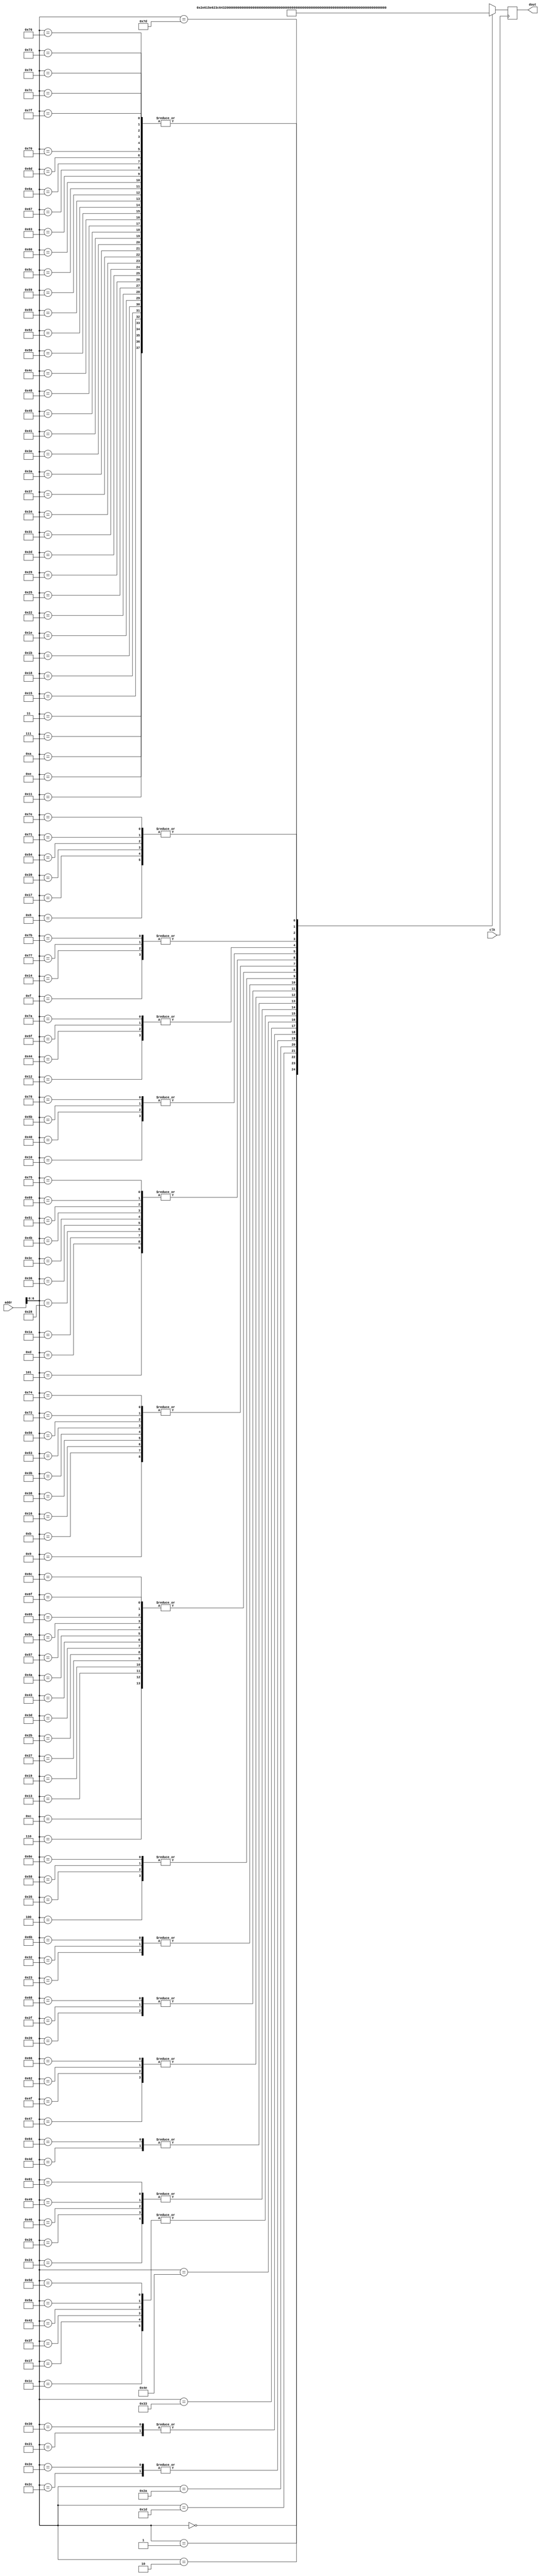
// How to use:					
// 1. Edit the songs on the Enter Song sheet.					
// 2. Select this whole worksheet, copy it, and paste it into a new file.					
// 3. Save the file as song_rom.v.					
					
module song_rom (					
	input clk,				
	input [7:0] addr,				
	output reg [15:0] dout				
);					
					
	wire [15:0] memory [127:0];				
					
	always @(posedge clk)				
		dout = memory[addr];			
					
	assign memory[	  0	] =	{1'd0,6'd23, 6'd12, 3'd1};	// Note: 2G
	assign memory[	  1	] =	{1'd0,6'd47, 6'd12,3'd2};	// Note: 4G
	assign memory[	  2	] =	{1'd0,6'd30, 6'd12,3'd4};	// Note: 3D
	assign memory[	  3	] =	{1'd1, 6'd0, 6'd12,3'd0};	// Note: rest
	assign memory[	  4	] =	{1'd0,6'd39, 6'd12,3'd0};	// Note: 4B
	assign memory[	  5	] =	{1'd0, 6'd42, 6'd12, 3'd0};	// Note: 4D
	assign memory[	  6	] =	{1'd0,6'd47, 6'd12,3'd0};	// Note: 4G
	assign memory[	  7	] =	{1'd1, 6'd0, 6'd12,3'd0};	// Note: rest
	assign memory[	  8	] =	{1'd0,6'd27, 6'd12, 3'd0};	// Note: 3B
	assign memory[	  9	] =	{1'd0,6'd54, 6'd12, 3'd0};	// Note: 5D
	assign memory[	  10	] =	{1'd1, 6'd0, 6'd12,3'd0};	// Note: rest
	assign memory[	 11	] =	{1'd0,6'd54, 6'd12, 3'd0};	// Note: 5D
	assign memory[	 12	] =	{1'd0,6'd47, 6'd12, 3'd0};	// Note: 4G
	assign memory[	 13	] =	{1'd0,6'd42, 6'd12, 3'd0};	// Note: 4D
	assign memory[	 14	] =	{1'd1, 6'd0, 6'd12,3'd0};	// Note: rest
	assign memory[	 15	] =	{1'd0,6'd56, 6'd12, 3'd0};	// Note: 5E
	assign memory[	 16	] =	{1'd0,6'd28, 6'd12, 3'd0};	// Note: 3C
	assign memory[	 17	] =	{1'd1, 6'd0, 6'd12,3'd0};	// Note: rest
	assign memory[	 18	] =	{1'd0,6'd44, 6'd12, 3'd0};	// Note: 4E
	assign memory[	 19	] =	{1'd0,6'd47, 6'd12, 3'd0};	// Note: 4G
	assign memory[	 20	] =	{1'd0,6'd56, 6'd12, 3'd0};	// Note: 5E
	assign memory[	 21	] =	{1'd1, 6'd0, 6'd12,3'd0};	// Note: rest
	assign memory[	 22	] =	{1'd0,6'd54, 6'd12, 3'd0};	// Note: 5D
	assign memory[	 23	] =	{1'd0,6'd27, 6'd12, 3'd0};	// Note: 3B
	assign memory[	 24	] =	{1'd1, 6'd0, 6'd12,3'd0};	// Note: rest
	assign memory[	 25	] =	{1'd0,6'd47, 6'd12, 3'd0};	// Note: 4G
	assign memory[	 26	] =	{1'd0,6'd42, 6'd12, 3'd0};	// Note: 4D
	assign memory[	 27	] =	{1'd1, 6'd0, 6'd12,3'd0};	// Note: rest
	assign memory[	 28	] =	{1'd0,6'd52, 6'd12, 3'd0};	// Note: 5C
	assign memory[	 29	] =	{1'd0,6'd25, 6'd12, 3'd0};	// Note: 3A
	assign memory[	 30	] =	{1'd1, 6'd0, 6'd12,3'd0};	// Note: rest
	assign memory[	 31	] =	{1'd0,6'd52, 6'd12, 3'd0};	// Note: 5C
	assign memory[	 32	] =	{1'd0,6'd46, 6'd12, 3'd0};	// Note: 4F#Gb
	assign memory[	 33	] =	{1'd0,6'd40, 6'd12,3'd0};	// Note: 4C
	assign memory[	 34	] =	{1'd1, 6'd0, 6'd12,3'd0};	// Note: rest
	assign memory[	 35	] =	{1'd0,6'd23, 6'd12,3'd0};	// Note: 2G
	assign memory[	 36	] =	{1'd0,6'd51, 6'd12,3'd0};	// Note: 5B
	assign memory[	 37	] =	{1'd1, 6'd0, 6'd12,3'd0};	// Note: rest
	assign memory[	 38	] =	{1'd0,6'd51, 6'd12,3'd0};	// Note: 5B
	assign memory[	 39	] =	{1'd0,6'd47, 6'd12,3'd0};	// Note: 4G
	assign memory[	 40	] =	{1'd0,6'd42, 6'd12,3'd0};	// Note: 4D
	assign memory[	 41	] =	{1'd1, 6'd0, 6'd12,3'd0};	// Note: rest
	assign memory[	 42	] =	{1'd0,6'd18, 6'd12,3'd0};	// Note: 2D
	assign memory[	 43	] =	{1'd0,6'd47, 6'd12,3'd0};	// Note: 4G
	assign memory[	 44	] =	{1'd0,6'd49, 6'd12,3'd0};	// Note: 5A
	assign memory[	 45	] =	{1'd1, 6'd0, 6'd12,3'd0};	// Note: rest
	assign memory[	 46	] =	{1'd0,6'd49, 6'd12,3'd0};	// Note: 5A
	assign memory[	 47	] =	{1'd0,6'd46, 6'd12,3'd0};	// Note: 4F#Gb
	assign memory[	 48	] =	{1'd0,6'd40, 6'd12,3'd0};	// Note: 4C
	assign memory[	 49	] =	{1'd1, 6'd0, 6'd12,3'd0};	// Note: rest
	assign memory[	 50	] =	{1'd0,6'd23, 6'd12,3'd0};	// Note: 2G
	assign memory[	 51	] =	{1'd0,6'd47, 6'd24,3'd0};	// Note: 4G
	assign memory[	 52	] =	{1'd1, 6'd0, 6'd12,3'd0};	// Note: rest
	assign memory[	 53	] =	{1'd0,6'd39, 6'd12,3'd0};	// Note: 4B
	assign memory[	 54	] =	{1'd0,6'd42, 6'd12,3'd0};	// Note: 4D
	assign memory[	 55	] =	{1'd1, 6'd0, 6'd12,3'd0};	// Note: rest
	assign memory[	 56	] =	{1'd0,6'd54, 6'd12,3'd0};	// Note: 5D
	assign memory[	 57	] =	{1'd0,6'd27, 6'd12,3'd0};	// Note: 3B
	assign memory[	 58	] =	{1'd1, 6'd0, 6'd12,3'd0};	// Note: rest
	assign memory[	 59	] =	{1'd0,6'd54, 6'd12,3'd0};	// Note: 5D
	assign memory[	 60	] =	{1'd0,6'd42, 6'd12,3'd0};	// Note: 4D
	assign memory[	 61	] =	{1'd0,6'd47, 6'd12,3'd0};	// Note: 4G
	assign memory[	 62	] =	{1'd1, 6'd0, 6'd12,3'd0};	// Note: rest
	assign memory[	 63	] =	{1'd0,6'd52, 6'd12,3'd0};	// Note: 5C
	assign memory[	 64	] =	{1'd0,6'd28, 6'd12,3'd0};	// Note: 3C
	assign memory[	 65	] =	{1'd1, 6'd0, 6'd12,3'd0};	// Note: rest
	assign memory[	 66	] =	{1'd0,6'd52, 6'd12,3'd0};	// Note: 5C
	assign memory[	 67	] =	{1'd0,6'd47, 6'd12,3'd0};	// Note: 4G
	assign memory[	 68	] =	{1'd0,6'd44, 6'd12,3'd0};	// Note: 4E
	assign memory[	 69	] =	{1'd1, 6'd0, 6'd12,3'd0};	// Note: rest
	assign memory[	 70	] =	{1'd0,6'd51, 6'd12,3'd0};	// Note: 5B
	assign memory[	 71	] =	{1'd0,6'd30, 6'd12,3'd0};	// Note: 3D
	assign memory[	 72	] =	{1'd1, 6'd0, 6'd12,3'd0};	// Note: rest
	assign memory[	 73	] =	{1'd0,6'd51, 6'd12,3'd0};	// Note: 5B
	assign memory[	 74	] =	{1'd0,6'd47, 6'd12,3'd0};	// Note: 4G
	assign memory[	 75	] =	{1'd0,6'd42, 6'd12,3'd0};	// Note: 4D
	assign memory[	 76	] =	{1'd1, 6'd0, 6'd12,3'd0};	// Note: rest
	assign memory[	 77	] =	{1'd0,6'd49, 6'd24,3'd0};	// Note: 5A
	assign memory[	 78	] =	{1'd0,6'd46, 6'd24,3'd0};	// Note: 4F#Gb
	assign memory[	 79	] =	{1'd0,6'd30, 6'd12,3'd0};	// Note: 3D
	assign memory[	 80	] =	{1'd1, 6'd0, 6'd12,3'd0};	// Note: rest
	assign memory[	 81	] =	{1'd0,6'd42, 6'd12,3'd0};	// Note: 4D
	assign memory[	 82	] =	{1'd1, 6'd0, 6'd12,3'd0};	// Note: rest
	assign memory[	 83	] =	{1'd0,6'd54, 6'd12,3'd0};	// Note: 5D
	assign memory[	 84	] =	{1'd0,6'd27, 6'd12,3'd0};	// Note: 3B
	assign memory[	 85	] =	{1'd1, 6'd0, 6'd12,3'd0};	// Note: rest
	assign memory[	 86	] =	{1'd0,6'd54, 6'd12,3'd0};	// Note: 5D
	assign memory[	 87	] =	{1'd0,6'd47, 6'd12,3'd0};	// Note: 4G
	assign memory[	 88	] =	{1'd0,6'd39, 6'd12,3'd0};	// Note: 4B
	assign memory[	 89	] =	{1'd1, 6'd0, 6'd12,3'd0};	// Note: rest
	assign memory[	 90	] =	{1'd0,6'd52, 6'd12,3'd0};	// Note: 5C
	assign memory[	 91	] =	{1'd0,6'd28, 6'd12,3'd0};	// Note: 3C
	assign memory[	 92	] =	{1'd1, 6'd0, 6'd12,3'd0};	// Note: rest
	assign memory[	 93	] =	{1'd0,6'd52, 6'd12,3'd0};	// Note: 5C
	assign memory[	 94	] =	{1'd0,6'd47, 6'd12,3'd0};	// Note: 4G
	assign memory[	 95	] =	{1'd0,6'd44, 6'd12,3'd0};	// Note: 4E
	assign memory[	 96	] =	{1'd1, 6'd0, 6'd12,3'd0};	// Note: rest
	assign memory[	 97	] =	{1'd0,6'd51, 6'd12,3'd0};	// Note: 5B
	assign memory[	 98	] =	{1'd0,6'd30, 6'd12,3'd0};	// Note: 3D
	assign memory[	 99	] =	{1'd1, 6'd0, 6'd12,3'd0};	// Note: rest
	assign memory[	 100	] =	{1'd0,6'd49, 6'd24,3'd0};	// Note: 5A
	assign memory[	101	] =	{1'd0,6'd47, 6'd12,3'd0};	// Note: 4G
	assign memory[	102	] =	{1'd0,6'd30, 6'd12,3'd0};	// Note: 3D
	assign memory[	103	] =	{1'd1, 6'd0, 6'd12,3'd0};	// Note: rest
	assign memory[	104	] =	{1'd0,6'd46, 6'd12,3'd0};	// Note: 4F#Gb
	assign memory[	105	] =	{1'd0,6'd42, 6'd12,3'd0};	// Note: 4D
	assign memory[	106	] =	{1'd1, 6'd0, 6'd12,3'd0};	// Note: rest
	assign memory[	107	] =	{1'd0,6'd23, 6'd12,3'd0};	// Note: 2G
	assign memory[	108	] =	{1'd0,6'd47, 6'd12,3'd0};	// Note: 4G
	assign memory[	109	] =	{1'd1, 6'd0, 6'd12,3'd0};	// Note: rest
	assign memory[	110	] =	{1'd0,6'd39, 6'd12,3'd0};	// Note: 4B
	assign memory[	111	] =	{1'd0,6'd47, 6'd12,3'd0};	// Note: 4G
	assign memory[	112	] =	{1'd1, 6'd0, 6'd12,3'd0};	// Note: rest
	assign memory[	113	] =	{1'd0,6'd27, 6'd12,3'd0};	// Note: 3B
	assign memory[	114	] =	{1'd0,6'd54, 6'd12,3'd0};	// Note: 5D
	assign memory[	115	] =	{1'd1, 6'd0, 6'd12,3'd0};	// Note: rest
	assign memory[	116	] =	{1'd0,6'd54, 6'd12,3'd0};	// Note: 5D
	assign memory[	117	] =	{1'd0,6'd42, 6'd12,3'd0};	// Note: 4D
	assign memory[	118	] =	{1'd1, 6'd0, 6'd12,3'd0};	// Note: rest
	assign memory[	119	] =	{1'd0,6'd56, 6'd12,3'd0};	// Note: 5E
	assign memory[	120	] =	{1'd0,6'd28, 6'd12,3'd0};	// Note: 3C
	assign memory[	121	] =	{1'd1, 6'd0, 6'd12,3'd0};	// Note: rest
	assign memory[	122	] =	{1'd0,6'd44, 6'd12,3'd0};	// Note: 4E
	assign memory[	123	] =	{1'd0,6'd56, 6'd12,3'd0};	// Note: 5E
	assign memory[	124	] =	{1'd1, 6'd0, 6'd12,3'd0};	// Note: rest
	assign memory[	125	] =	{1'd0,6'd54, 6'd24,3'd0};	// Note: 5D
	assign memory[	126	] =	{1'd0,6'd27, 6'd12,3'd0};	// Note: 3B
	assign memory[	127	] =	{1'd1, 6'd0, 6'd12,3'd0};	// Note: rest
endmodule